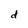
Character: d